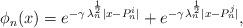
LaTeX: \begin{align*}\phi_n(x) = e^{- \gamma \, \lambda_n^{\frac{1}{2}} |x-P^i_n|} + e^{- \gamma \, \lambda_n^{\frac{1}{2}} |x-P^j_n|},\end{align*}